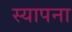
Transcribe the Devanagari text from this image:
स्यापना